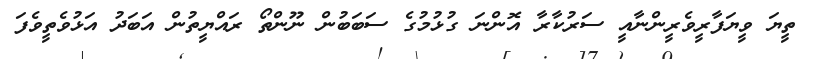
ތީޔަ ވީޔަފާރީވެރީންނާއީ ސަރުކާރާ އޮންނަ ގުޅުމުގެ ސަބަބުން ނޫންތޯ ރައްޔީތުން އަބަދު އަޅުވެތީވެފަ